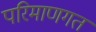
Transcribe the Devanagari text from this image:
परिमाणगत